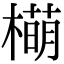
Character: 橗